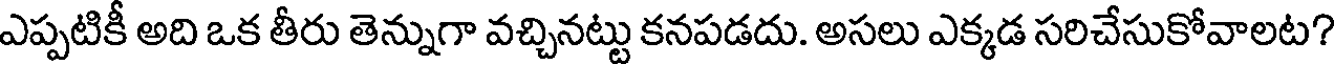
ఎప్పటికీ అది ఒక తీరు తెన్నుగా వచ్చినట్టు కనపడదు. అసలు ఎక్కడ సరిచేసుకోవాలట?